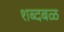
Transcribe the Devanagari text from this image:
शब्दबळ